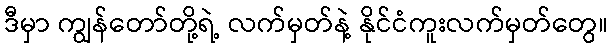
ဒီမှာ ကျွန်တော်တို့ရဲ့ လက်မှတ်နဲ့ နိုင်ငံကူးလက်မှတ်တွေ။